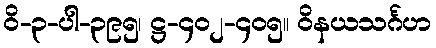
ဝိ-၃-ပါ-၃၉၅၊ ဋ္ဌ-၄၀၂-၄၀၅။ ဝိနယသင်္ဂဟ